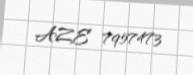
AZE 7957473